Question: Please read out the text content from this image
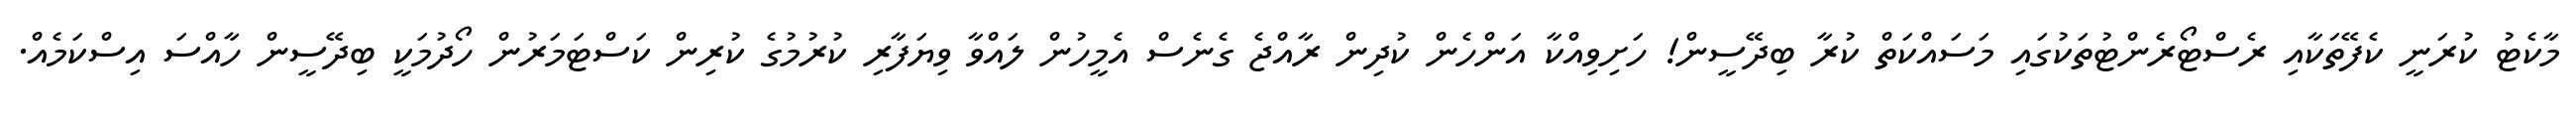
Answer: މާކެޓު ކުރަނީ ކެފޭތަކާއި ރެސްޓޯރެންޓުތަކުގައި މަސައްކަތް ކުރާ ބިދޭސީން! ހަށިވިއްކާ އަންހެން ކުދިން ރާއްޖެ ގެނެސް އެމީހުން ލައްވާ ވިޔަފާރި ކުރުމުގެ ކުރިން ކަސްޓަމަރުން ހޯދުމަކީ ބިދޭސީން ހާއްސަ އިސްކަމެއް.